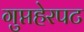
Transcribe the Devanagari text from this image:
गुप्तहेरपट